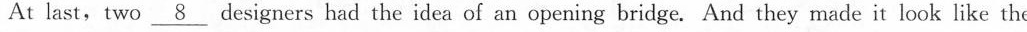
At last, two \nuderline{8} designers had the idea of an opening bridge. And they made it look like the